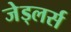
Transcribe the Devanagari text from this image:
जेड्लर्स